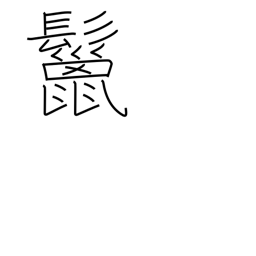
Meaning: mane